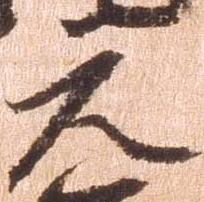
元